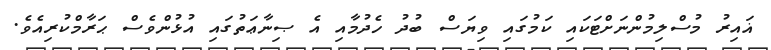
ޣައިރު މުސްލިމުންނަށްޓަކައި ކަމުގައި ވިޔަސް ބުދު ހެދުމާއި އެ ޞިނާޢަތުގައި އުޅުންވެސް ޙަރާމްކުރިއެވެ.